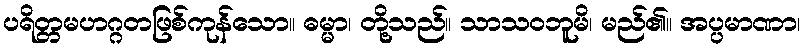
ပရိတ္တမဟဂ္ဂတဖြစ်ကုန်သော။ ဓမ္မာ၊ တို့သည်။ သာသဝဘူမိ၊ မည်၏။ အပ္ပမာဏာ၊